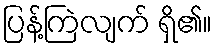
ပြန့်ကြဲလျက် ရှိ၏။